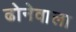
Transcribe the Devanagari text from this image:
ढोनेवाला